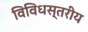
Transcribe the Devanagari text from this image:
विविधस्तरीय